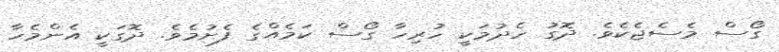
ގޯސް މެސެޖެކެވެ. ދޮގު ހެދުމަކީ ހުރިހާ ގޯސް ކަމެއްގެ ފެށުމެވެ. ދޮގަކީ އެންމެހާ